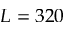
L = 3 2 0